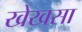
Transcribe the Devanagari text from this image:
खेखसा